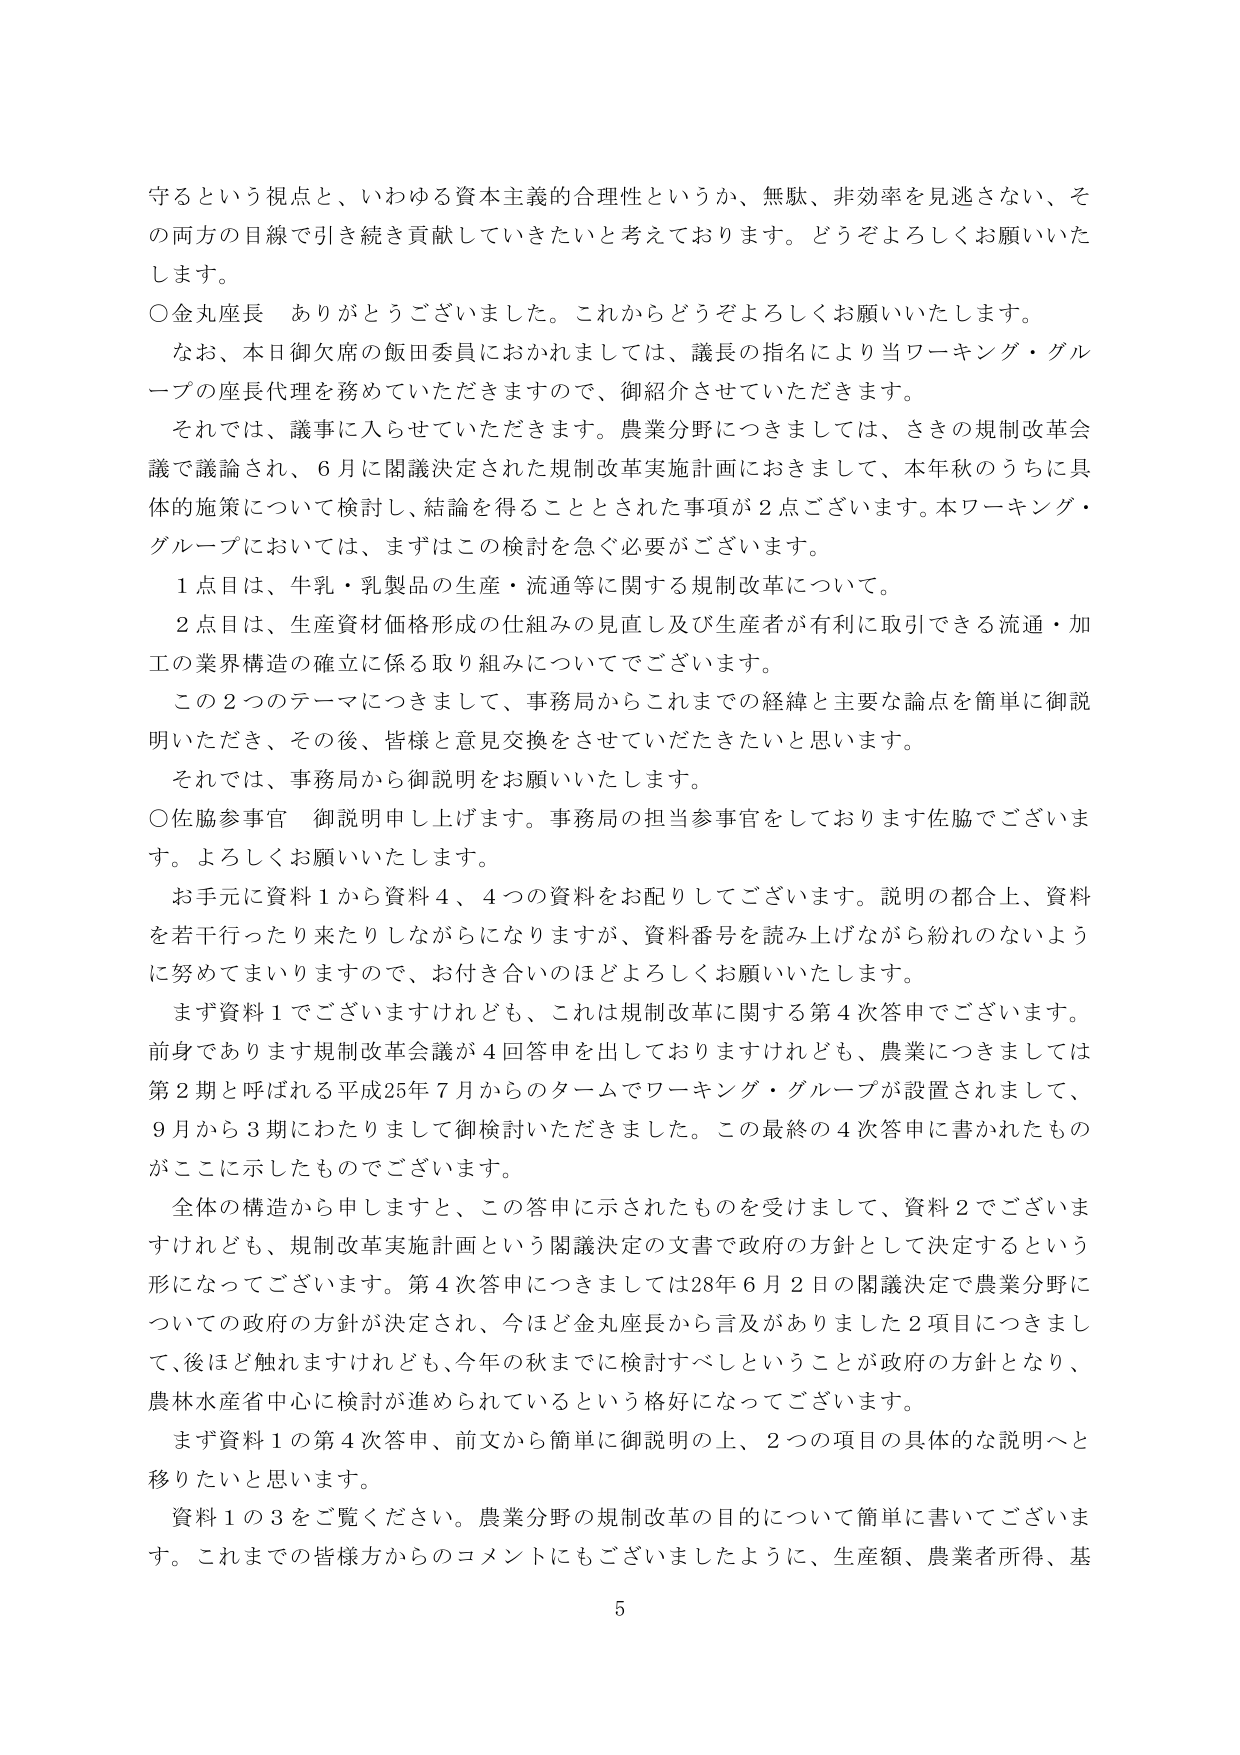
守るという視点と、いわゆる資本主義的合理性というか、無駄、非効率を見逃さない、その両方の目線で引き続き貢献していきたいと考えております。どうぞよろしくお願いいたします。

○金丸座長　ありがとうございました。これからどうぞよろしくお願いいたします。

　なお、本日御欠席の飯田委員におかれましては、議長の指名により当ワーキング・グループの座長代理を務めていただきますので、御紹介させていただきます。

　それでは、議事に入らせていただきます。農業分野につきましては、さきの規制改革会議で議論され、6月に閣議決定された規制改革実施計画におきまして、本年秋のうちに具体的施策について検討し、結論を得ることとされた事項が2点ございます。本ワーキング・グループにおいては、まずはこの検討を急ぐ必要がございます。

　1点目は、牛乳・乳製品の生産・流通等に関する規制改革について。

　2点目は、生産資材価格形成の仕組みの見直し及び生産者が有利に取引できる流通・加工の業界構造の確立に係る取り組みについてでございます。

　この2つのテーマにつきまして、事務局からこれまでの経緯と主要な論点を簡単に御説明いただき、その後、皆様と意見交換をさせていただきたいと思います。

　それでは、事務局から御説明をお願いいたします。

○佐脇参事官　御説明申し上げます。事務局の担当参事官をしております佐脇でございます。よろしくお願いいたします。

　お手元に資料1から資料4、4つの資料をお配りしてございます。説明の都合上、資料を若干行ったり来たりしながらになりますが、資料番号を読み上げながら紛れのないように努めてまいりますので、お付き合いのほどよろしくお願いいたします。

　まず資料1でございますけれども、これは規制改革に関する第4次答申でございます。前身であります規制改革会議が4回答申を出しておりますけれども、農業につきましては第2期と呼ばれる平成25年7月からのタームでワーキング・グループが設置されまして、9月から3期にわたりまして御検討いただきました。この最終の4次答申に書かれたものがここに示したものでございます。

　全体の構造から申しますと、この答申に示されたものを受けて、資料2でございますけれども、規制改革実施計画という閣議決定の文書で政府の方針として決定するという形になってございます。第4次答申につきましては28年6月2日の閣議決定で農業分野についての政府の方針が決定され、今ほど金丸座長から言及がありました2項目につきまして、後ほど触れますけれども、今年の秋までに検討すべしということが政府の方針となり、農林水産省中心に検討が進められているという格好になってございます。

　まず資料1の第4次答申、前文から簡単に御説明の上、2つの項目の具体的な説明へと移りたいと思います。

　資料1の3をご覧ください。農業分野の規制改革の目的について簡単に書いてございます。これまでの皆様方からのコメントにもございましたように、生産額、農業者所得、基

5